Vabadussoja_Ajaloo_Komitee, lk 103
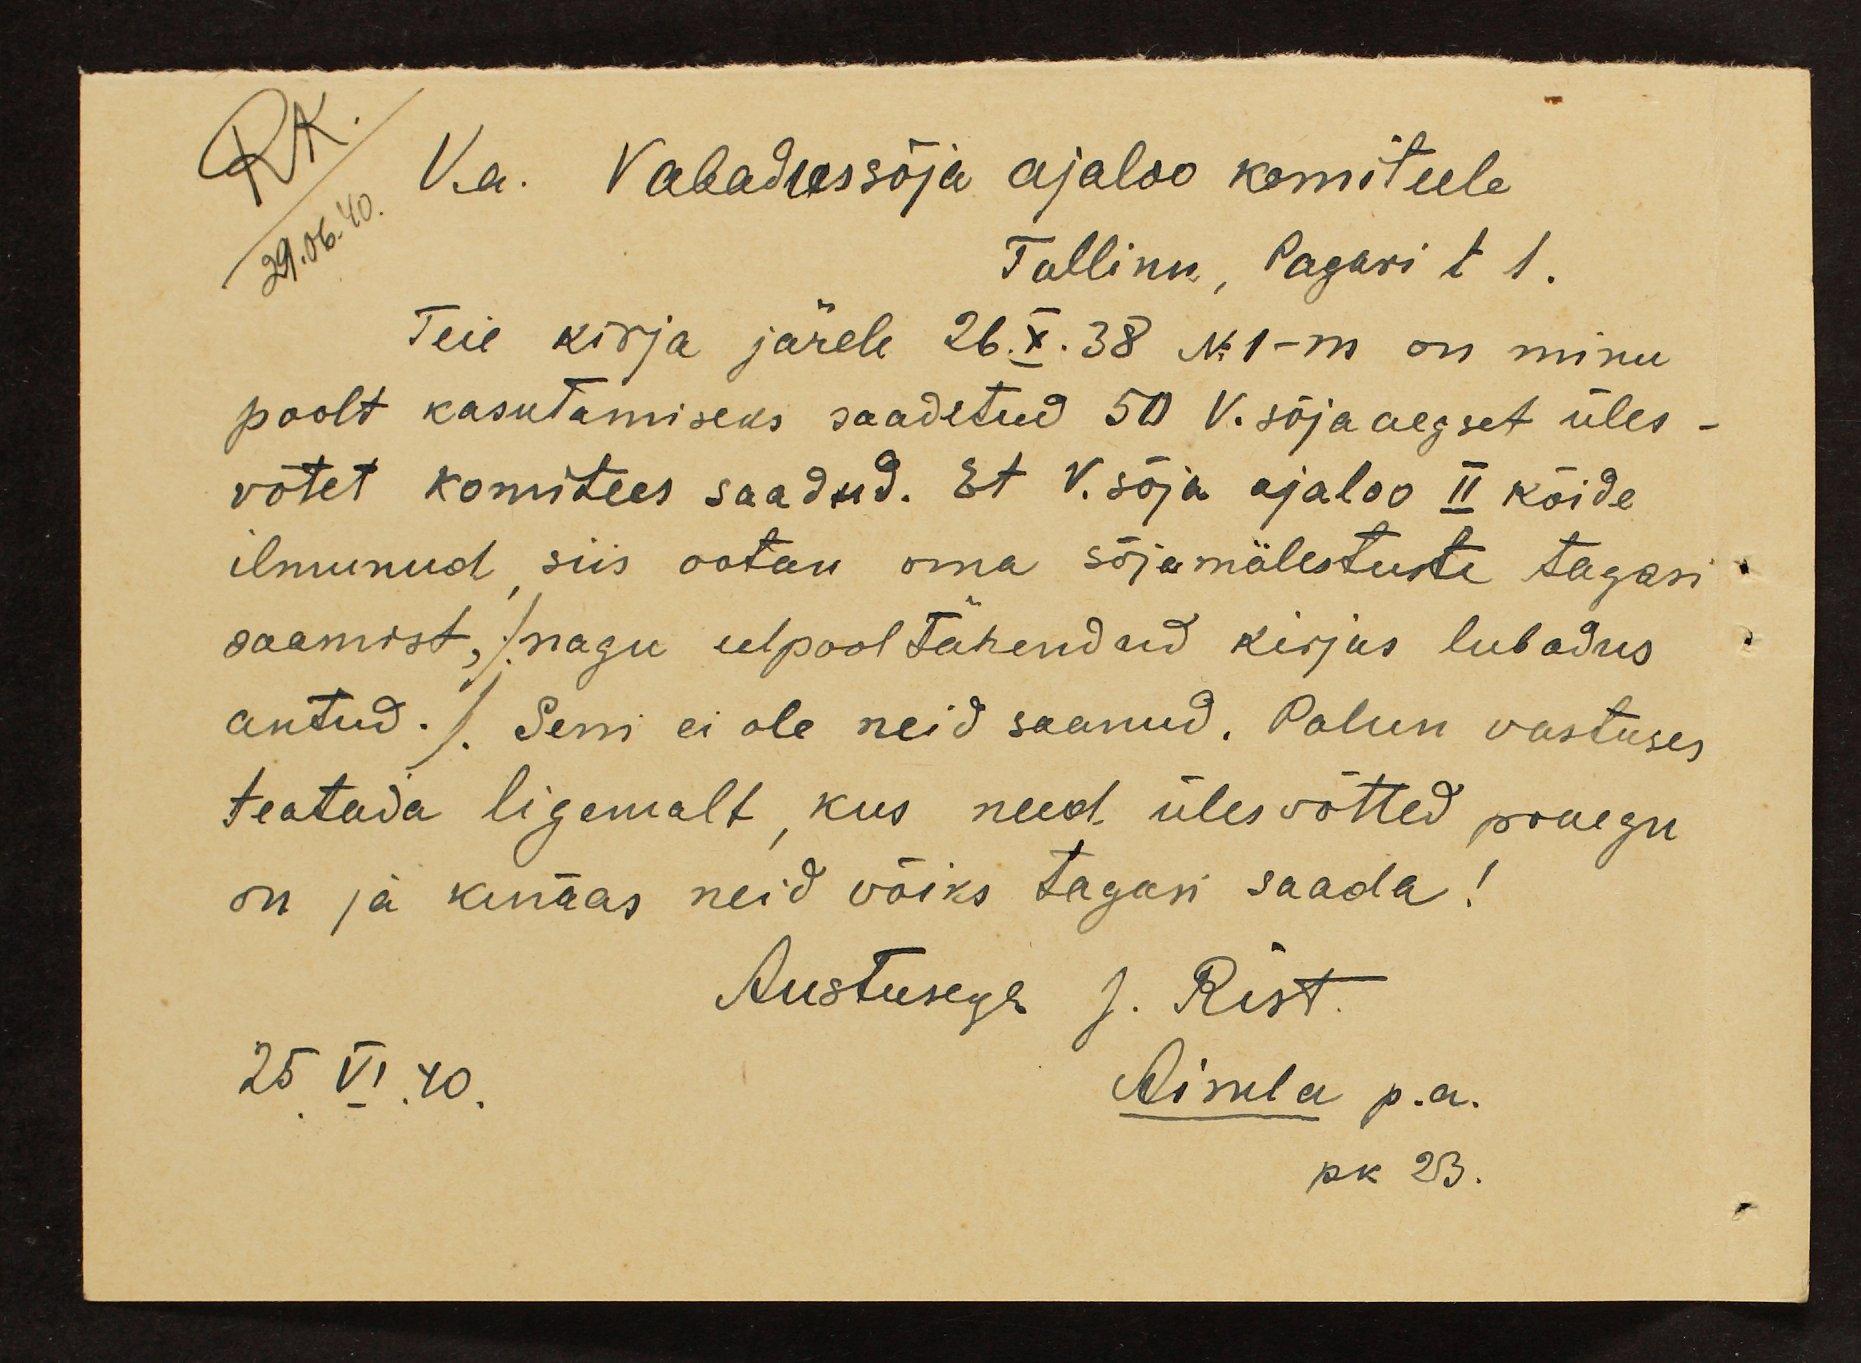
RK.
V.a. Vabadussõja ajaloo komiteele
29.06.40.
Tallinn, Pagari t 1.
Teie kirja järele 26.X.38 No 1-m on minu
poolt kasutamiseks saadetud 50 V. sõja aegset üles-
võtet komitees saadud. Et V. sõja ajaloo II köide
ilmunud, siis ootan oma sõjamälestuste tagasi
saamist, nagu eelpool tähendad kirjas lubadus
antud. Seni ei ole neid saanud. Palun vastuses
teatada ligemalt, kus need ülesvõtted praegu
on ja kunas neid võiks tagasi saada!
Austusega J. Rist
25 VI. 40.
Aimla p.a.
pk 23.